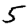
Digit: 5